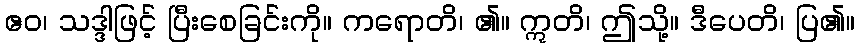
ဧဝ၊ သဒ္ဒါဖြင့် ပြီးစေခြင်းကို။ ကရောတိ၊ ၏။ ဣတိ၊ ဤသို့။ ဒီပေတိ၊ ပြ၏။